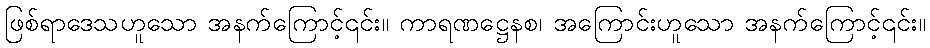
ဖြစ်ရာဒေသဟူသော အနက်ကြောင့်၎င်း။ ကာရဏဋ္ဌေနစ၊ အကြောင်းဟူသော အနက်ကြောင့်၎င်း။